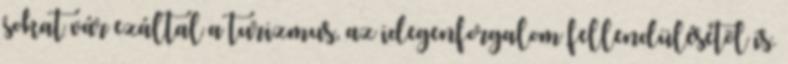
sokat vár ezáltal a turizmus, az idegenforgalom fellendülésétõl is.